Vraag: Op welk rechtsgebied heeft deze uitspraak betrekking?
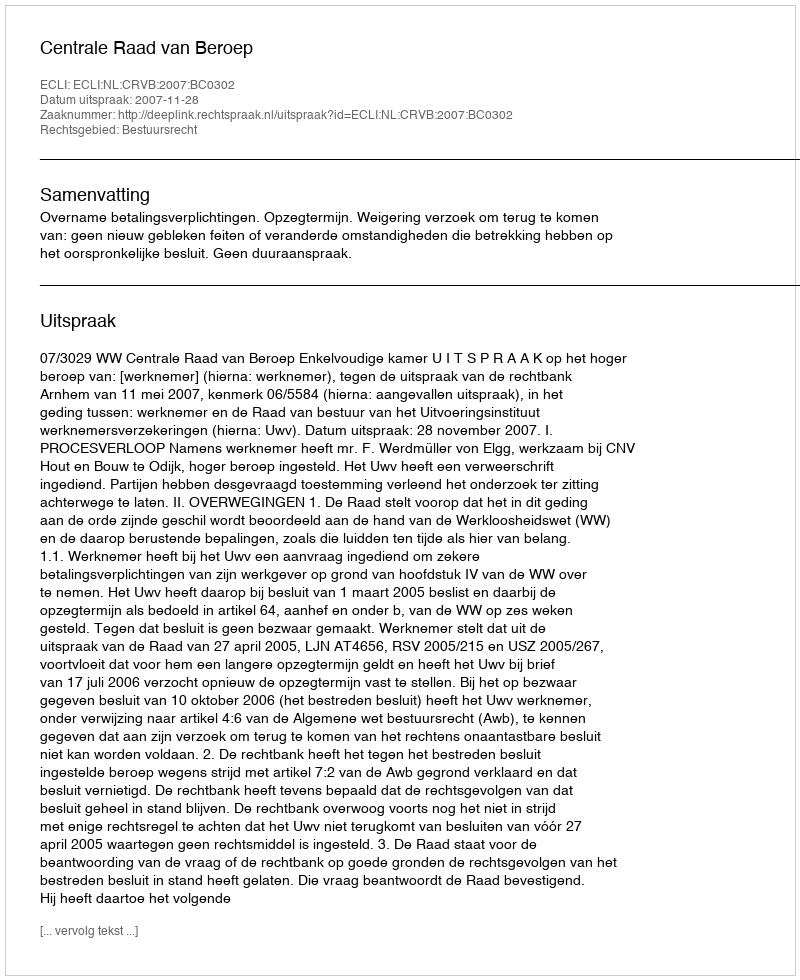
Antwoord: Bestuursrecht